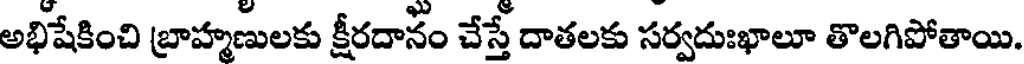
అభిషేకించి బ్రాహ్మణులకు క్షీరదానం చేస్తే దాతలకు సర్వదుఃఖాలూ తొలగిపోతాయి.